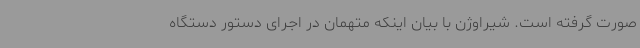
صورت گرفته است. شیراوژن با بیان اینکه متهمان در اجرای دستور دستگاه